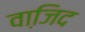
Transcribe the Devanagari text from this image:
वाजि़द